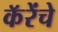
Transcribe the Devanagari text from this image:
कॅरेंचे